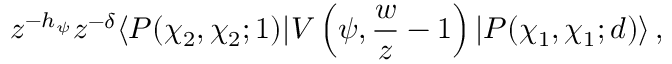
z ^ { - h _ { \psi } } z ^ { - \delta } \langle P ( \chi _ { 2 } , \chi _ { 2 } ; 1 ) | V \left( \psi , { \frac { w } { z } } - 1 \right) | P ( \chi _ { 1 } , \chi _ { 1 } ; d ) \rangle \, ,